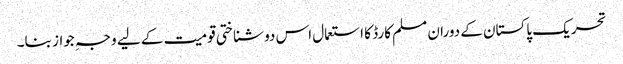
تحریک پاکستان کے دوران مسلم کارڈ کا استعمال اس دو شناختی قومیت کے لیے وجہِ جواز بنا۔